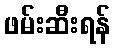
ဖမ်းဆီးရန်